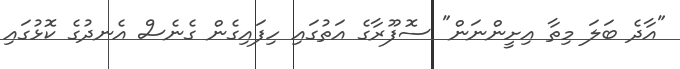
"އާދެ ބަލަ މިތާ އިށީންނަން" ސޮފޫރާގެ އަތުގައި ހިފައިގެން ގެނެސް އެނދުގެ ކޮޅުގައި